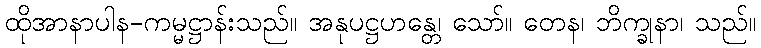
ထိုအာနာပါန-ကမ္မဋ္ဌာန်းသည်။ အနုပဋ္ဌဟန္တေ၊ သော်။ တေန၊ ဘိက္ခုနာ၊ သည်။